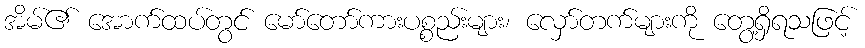
အိမ်၏ အောက်ထပ်တွင် မော်တော်ကားပစ္စည်းများ၊ လှော်တက်များကို တွေ့ရှိရသဖြင့်